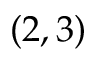
( 2 , 3 )